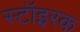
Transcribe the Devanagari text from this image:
स्टॉइरक